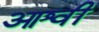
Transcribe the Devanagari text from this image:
आश्वी